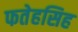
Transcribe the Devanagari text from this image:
फतेहसिह